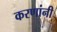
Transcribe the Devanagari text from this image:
करणांनी